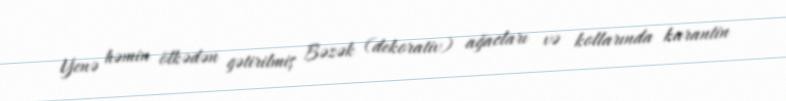
Yenə həmin ölkədən gətirilmiş Bəzək (dekorativ) ağacları və kollarında karantin